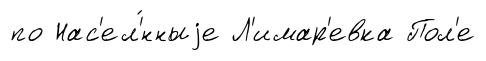
по Нас'ел'́нныjе Л'имар'евка Пол'е